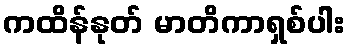
ကထိန်နုတ် မာတိကာရှစ်ပါး